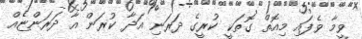
ވީމާ ވެފައި މިއޮތް ގޮތަކީ ކުރީގެ ދަރަނި އަދާ ކުރަން އާ ދަރަންޏެއް